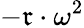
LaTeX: -\mathfrak{r}\cdot\omega^{2}